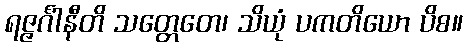
ရဇ္ဇင်္ဂါနီတိ သတ္တေတေ၊ သိယုံ ပကတိယော ပိစ။